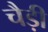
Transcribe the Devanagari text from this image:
चैड़ी